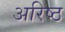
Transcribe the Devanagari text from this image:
अरिष्ठ